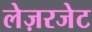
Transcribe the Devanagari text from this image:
लेज़रजेट